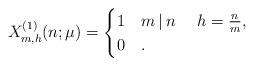
LaTeX: \begin{align*} X^{(1)}_{m,h}(n;\mu)&=\begin{cases}1 & m\,|\,n \ \ \ \ h=\frac{n}{m}, \\0 & .\end{cases}\end{align*}